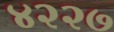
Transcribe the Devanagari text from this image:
४२२७